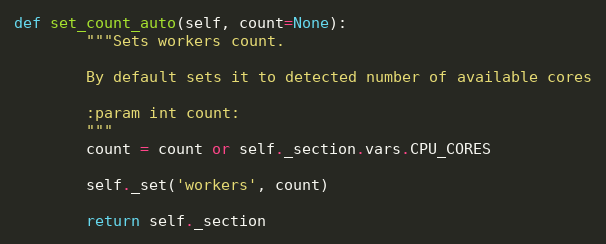
Language: Python
def set_count_auto(self, count=None):
        """Sets workers count.

        By default sets it to detected number of available cores

        :param int count:
        """
        count = count or self._section.vars.CPU_CORES

        self._set('workers', count)

        return self._section